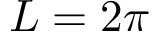
L = 2 \pi